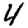
Digit: 4